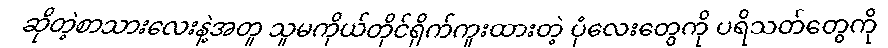
ဆိုတဲ့စာသားလေးနဲ့အတူ သူမကိုယ်တိုင်ရိုက်ကူးထားတဲ့ ပုံလေးတွေကို ပရိသတ်တွေကို